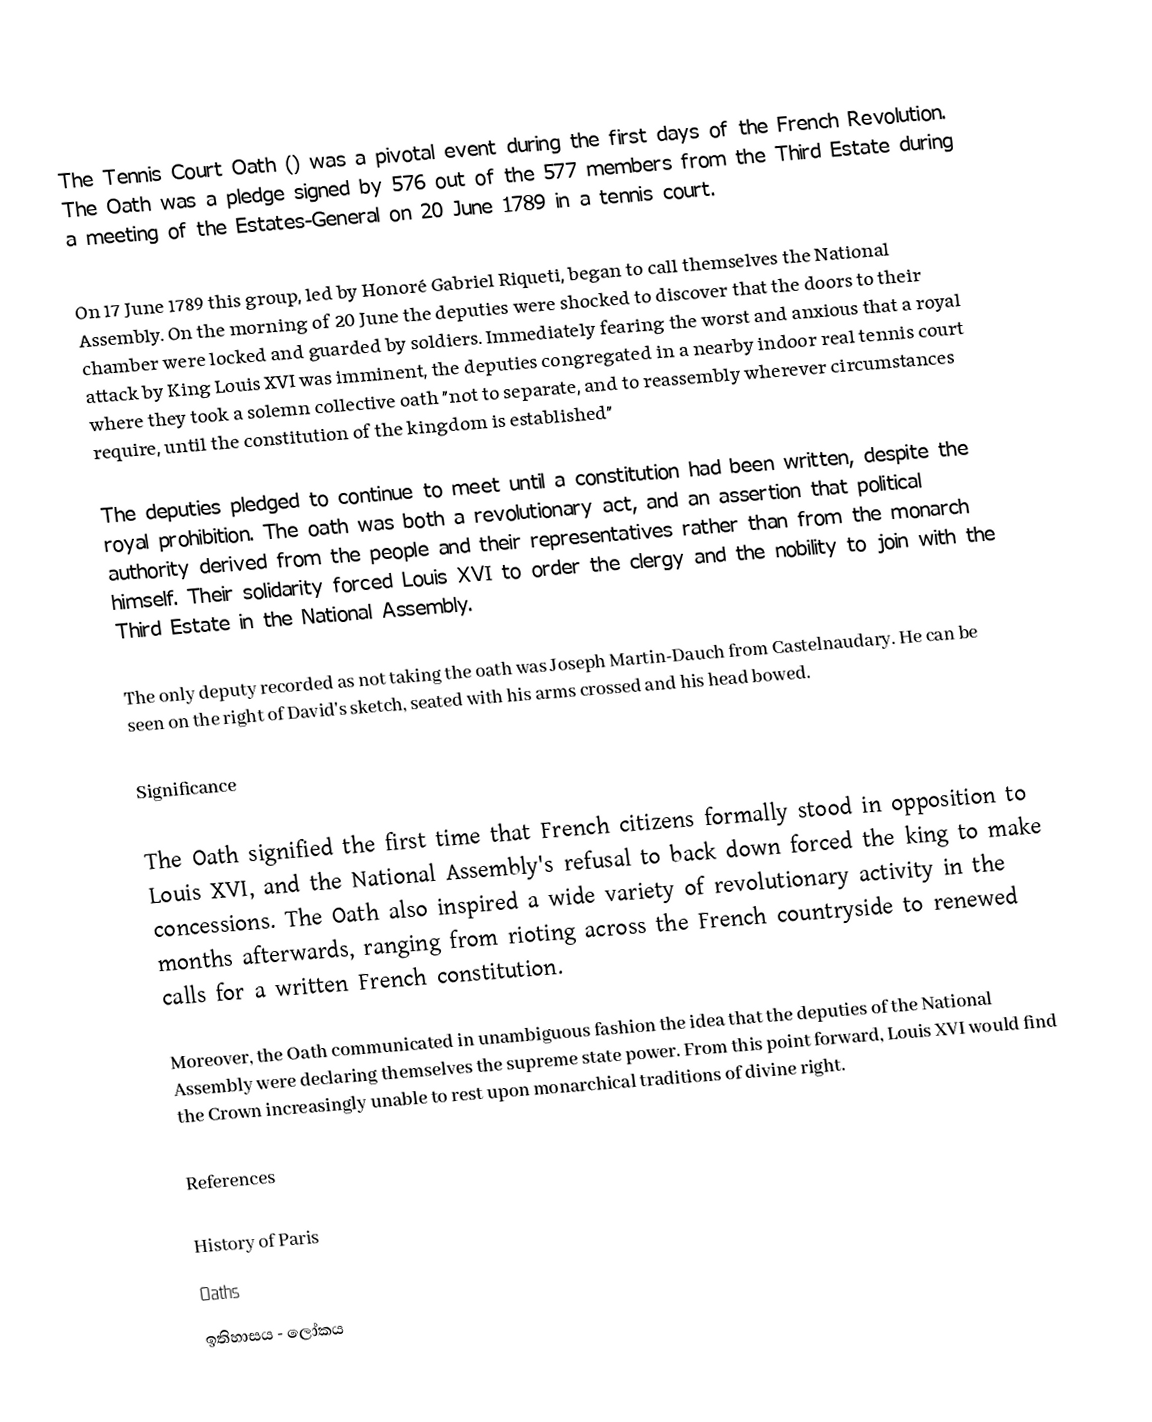
The Tennis Court Oath () was a pivotal event during the first days of the French Revolution. The Oath was a pledge signed by 576 out of the 577 members from the Third Estate during a meeting of the Estates-General on 20 June 1789 in a tennis court.

On 17 June 1789 this group, led by Honoré Gabriel Riqueti, began to call themselves the National Assembly. On the morning of 20 June the deputies were shocked to discover that the doors to their chamber were locked and guarded by soldiers. Immediately fearing the worst and anxious that a royal attack by King Louis XVI was imminent, the deputies congregated in a nearby indoor real tennis court where they took a solemn collective oath "not to separate, and to reassembly wherever circumstances require, until the constitution of the kingdom is established"

The deputies pledged to continue to meet until a constitution had been written, despite the royal prohibition. The oath was both a revolutionary act, and an assertion that political authority derived from the people and their representatives rather than from the monarch himself. Their solidarity forced Louis XVI to order the clergy and the nobility to join with the Third Estate in the National Assembly.

The only deputy recorded as not taking the oath was Joseph Martin-Dauch from Castelnaudary. He can be seen on the right of David's sketch, seated with his arms crossed and his head bowed.

Significance

The Oath signified the first time that French citizens formally stood in opposition to Louis XVI, and the National Assembly's refusal to back down forced the king to make concessions. The Oath also inspired a wide variety of revolutionary activity in the months afterwards, ranging from rioting across the French countryside to renewed calls for a written French constitution.

Moreover, the Oath communicated in unambiguous fashion the idea that the deputies of the National Assembly were declaring themselves the supreme state power. From this point forward, Louis XVI would find the Crown increasingly unable to rest upon monarchical traditions of divine right.

References

History of Paris
Oaths
ඉතිහාසය - ලෝකය